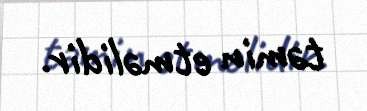
təmin etməlidir.